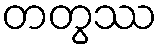
တတွဿ